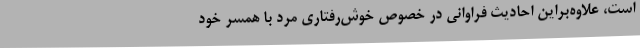
است، علاوه‌براین احادیث فراوانی در خصوص خوش‌رفتاری مرد با همسر خود